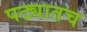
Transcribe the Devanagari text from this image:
पट्यातच